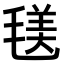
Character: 𣮺